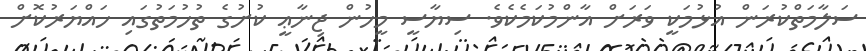
ސަލާމަތްކުރަން އުޅުމަކީ ވަރަށް އާންމުކަމެކެވެ. ސިޔާސީ މީހުން ޖިނާޢީ ކުށުގެ ތުހުމަތުގައި ހައްޔަރުކޮށް